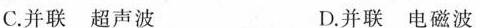
C.并联超声波 D.并联电磁波